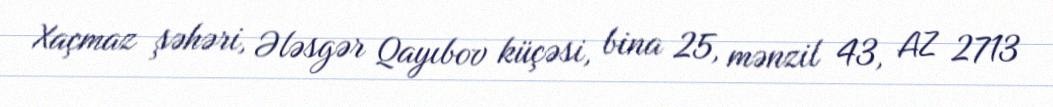
Xaçmaz şəhəri, Ələsgər Qayıbov küçəsi, bina 25, mənzil 43, AZ 2713